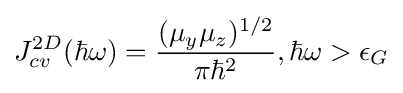
J_{cv}^{2D}(\hbar \omega )={(\mu _{y}\mu _{z})^{1/2} \over \pi \hbar ^{2}},\hbar \omega >\epsilon _{G}